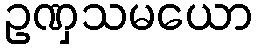
ဥဏှသမယော